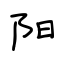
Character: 阳